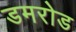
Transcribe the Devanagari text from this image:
डमरोड